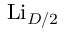
\mathrm { L i } _ { D / 2 }